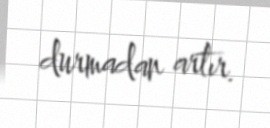
durmadan artır.